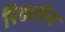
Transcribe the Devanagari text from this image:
रिकर्सन